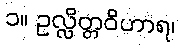
၁။ ဥလ္လိတ္တဝိဟာရ၊